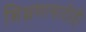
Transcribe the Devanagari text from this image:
शिक्षणासाठीही